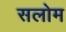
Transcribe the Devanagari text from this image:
सलोम